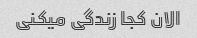
الان کجا زندگی میکنی